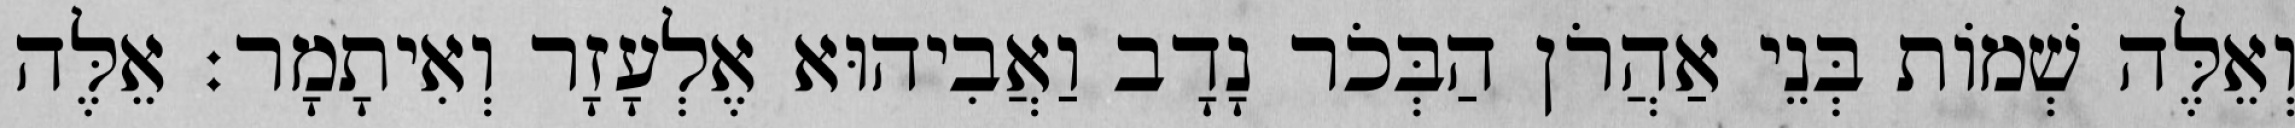
וְאֵלֶּה שְׁמוֹת בְּנֵי אַהֲרֹן הַבְּכֹר נָדָב וַאֲבִיהוּא אֶלְעָזָר וְאִיתָמָר׃ אֵלֶּה